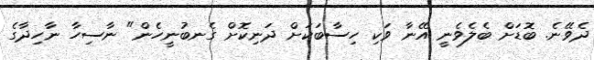
ދެވޭނެ. ބޮޑަށް ބެލެވެނީ އޭނާ ވަކި ހިސާބަކަށް ދަނިކޮށް ގެނބުނީހެން" ނާސިހާ ނާހިދާގެ